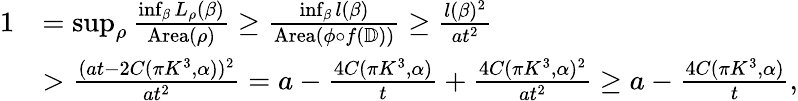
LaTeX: \begin{array}{rl}{1}&{=\operatorname*{sup}_{\rho}\frac{\operatorname*{inf}_{\beta}L_{\rho}(\beta)}{\textup{Area}(\rho)}\geq\frac{\operatorname*{inf}_{\beta}l(\beta)}{\textup{Area}(\phi\circ f(\mathbb{D}))}\geq\frac{l(\beta)^{2}}{at^{2}}}\\ &{>\frac{(at-2C(\pi K^{3},\alpha))^{2}}{at^{2}}=a-\frac{4C(\pi K^{3},\alpha)}{t}+\frac{4C(\pi K^{3},\alpha)^{2}}{at^{2}}\geq a-\frac{4C(\pi K^{3},\alpha)}{t},}\end{array}